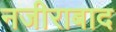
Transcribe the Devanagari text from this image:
नजीराबाद